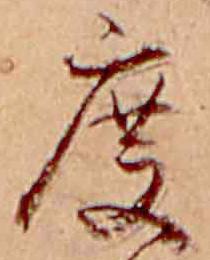
度